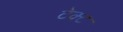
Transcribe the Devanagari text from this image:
टेक्ट